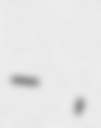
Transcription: Թադևոս-Բարդուղիմեոս եկեղեցի,